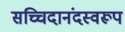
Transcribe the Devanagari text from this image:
सच्चिदानंदस्वरूप